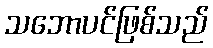
သဘောပင်ဖြစ်သည်